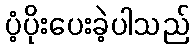
ပံ့ပိုးပေးခဲ့ပါသည်